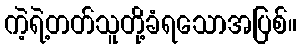
ကဲ့ရဲ့တတ်သူတို့ခံရသောအပြစ်။